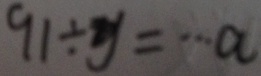
9 1 \div y = \cdots a